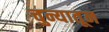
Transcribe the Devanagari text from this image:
चुन्यातून